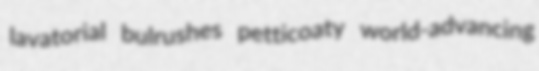
lavatorial bulrushes petticoaty world-advancing